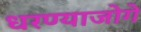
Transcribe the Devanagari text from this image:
धरण्याजोगे